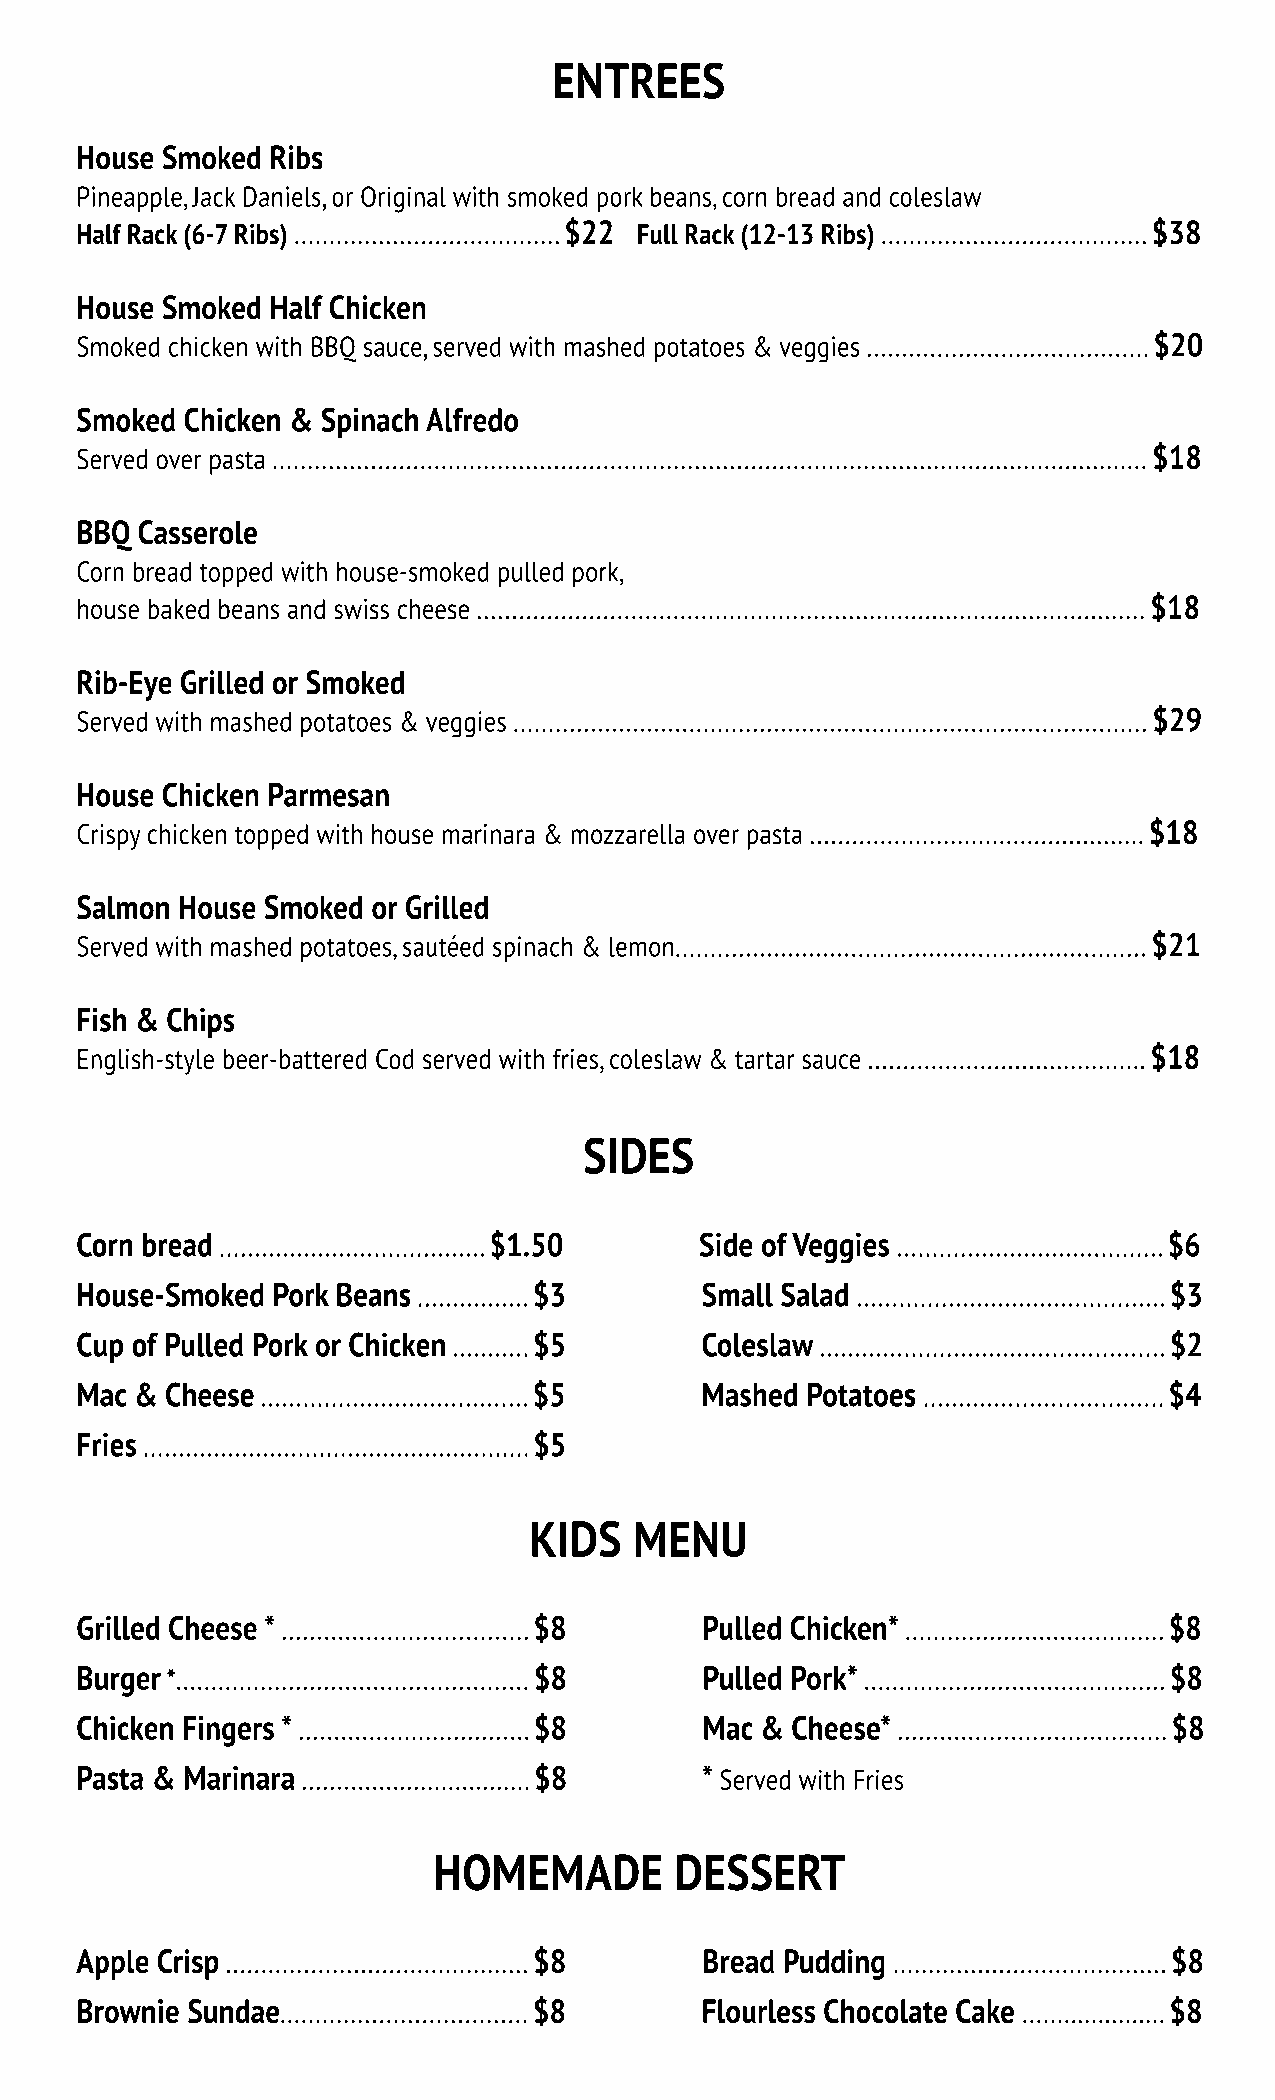
ENTREES
 House Smoked Ribs
 Pineapple, Jack Daniels, or Original with smoked pork beans, corn bread and coleslaw
 Half Rack (6-7 Ribs) ...................................... $22 Full Rack (12-13 Ribs) ...................................... $38
 House Smoked Half Chicken
 Smoked chicken with BBQ sauce, served with mashed potatoes & veggies ........................................ $20
 SSmmooked Chicken & Spinach Alfredo
 Served over pasta ............................................................................................................................. $18
 BBQ Casserole
 Corn bread topped with house-smoked pulled pork,
 house baked beans and swiss cheese ................................................................................................ $18
 Rib-Eye Grilled or Smoked
 Served with mashed potatoes & veggies .......................................................................................... $29
 HHoouussee Chicken Parmesan
 Crispy chicken topped with house marinara & mozzarella over pasta ................................................ $18
 Salmon House Smoked or Grilled
 Served with mashed potatoes, sauteed spinach & lemon................................................................... $21
 Fish & Chips
 English-style beer-battered Cod served with fries, coleslaw & tartar sauce ........................................ $18
 SIDES
 CCorn bread ...................................... $1.50 Side of Veggies ...................................... $6
 House-Smoked Pork Beans ................ $3 Small Salad ............................................ $3
 Cup of Pulled Pork or Chicken ........... $5 Coleslaw ................................................. $2
 Mac & Cheese ...................................... $5 Mashed Potatoes .................................. $4
 Fries ....................................................... $5
 KIDS   MENU
 GGrriilllleedd Cheese * ................................... $8 Pulled Chicken* ..................................... $8
 Burger *.................................................. $8 Pulled Pork* ........................................... $8
 Chicken Fingers * ................................. $8 Mac & Cheese* ...................................... $8
 Pasta & Marinara ................................. $8 * Served with Fries
 HOMEMADE        DESSERT
 Apple Crisp ........................................... $8 Bread Pudding ....................................... $8
 BBrrownie Sundae................................... $8 Flourless Chocolate Cake ..................... $8
 `